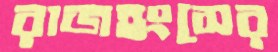
রাজহংসের